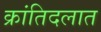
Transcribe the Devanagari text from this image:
क्रांतिदलात